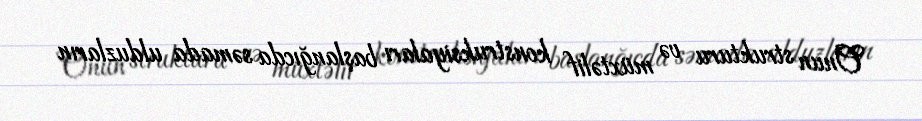
Onun strukturu və müxtəlif konstruksiyaları başlanğıcda səmada ulduzların